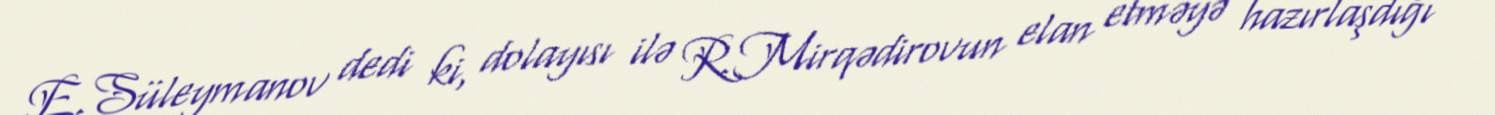
E.Süleymanov dedi ki, dolayısı ilə R.Mirqədirovun elan etməyə hazırlaşdığı